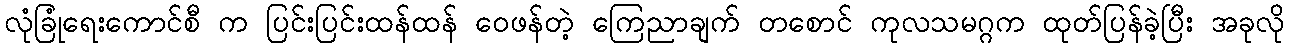
လုံခြုံရေးကောင်စီ က ပြင်းပြင်းထန်ထန် ဝေဖန်တဲ့ ကြေညာချက် တစောင် ကုလသမဂ္ဂက ထုတ်ပြန်ခဲ့ပြီး အခုလို